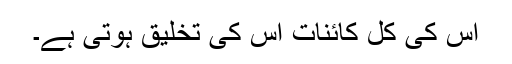
اس کی کل کائنات اس کی تخلیق ہوتی ہے۔